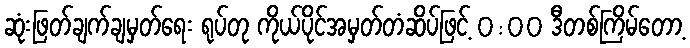
ဆုံးဖြတ်ချက်ချမှတ်ရေး ရုပ်တု ကိုယ်ပိုင်အမှတ်တံဆိပ်ဖြင့် 0:00 ဒီတစ်ကြိမ်တော့